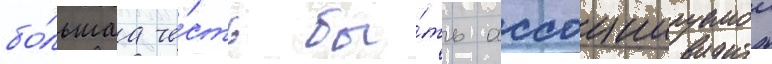
бо́льшаа че́сть бы́ть ассоциируемои